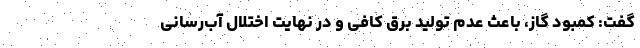
گفت: کمبود گاز، باعث عدم تولید برق کافی و در نهایت اختلال آب‌رسانی